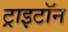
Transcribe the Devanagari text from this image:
ट्राइटॉन